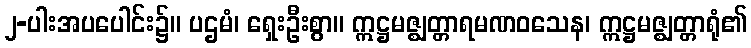
၂-ပါးအပပေါင်း၌။ ပဌမံ၊ ရှေးဦးစွာ။ ဣဋ္ဌမဇ္ဈတ္တာရမဏဝသေန၊ ဣဋ္ဌမဇ္ဈတ္တာရုံ၏